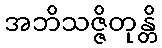
အဘိသဇ္ဇိတုန္တိ